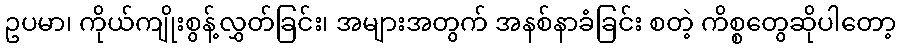
ဥပမာ၊ ကိုယ်ကျိုးစွန့်လွှတ်ခြင်း၊ အများအတွက် အနစ်နာခံခြင်း စတဲ့ ကိစ္စတွေဆိုပါတော့